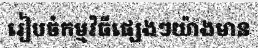
រៀបចំកម្មវិធីផ្សេងៗយ៉ាងមាន